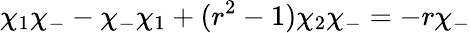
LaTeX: \chi_{1}\chi_{-}-\chi_{-}\chi_{1}+(r^{2}-1)\chi_{2}\chi_{-}=-r\chi_{-}